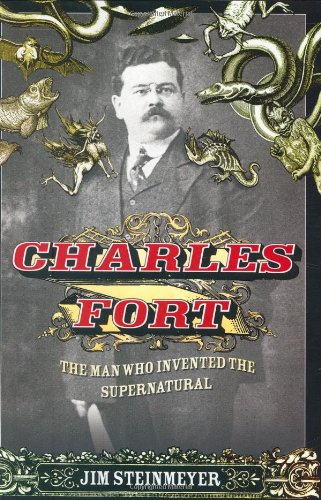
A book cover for Charles Fort: The Man Who Invented the Supernatural; Jim Steinmeyer; Biographies & Memoirs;